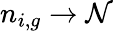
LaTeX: n_{i,g}\to\mathcal{N}